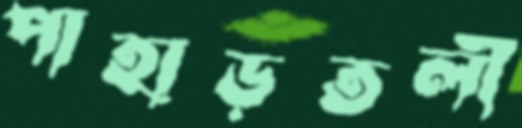
পাহাড়তলী